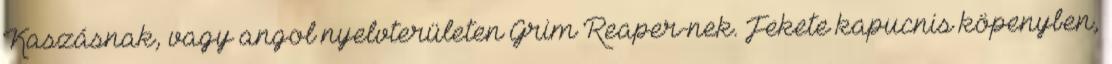
Kaszásnak, vagy angol nyelvterületen Grim Reaper-nek. Fekete kapucnis köpenyben,